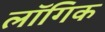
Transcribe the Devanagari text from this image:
लॉगिक